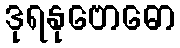
ဒုရနုဗောဓော